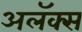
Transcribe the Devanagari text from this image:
अलॅक्स